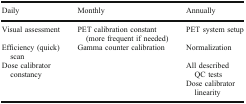
| Daily | Monthly | Annually |
 | --- | --- | --- |
 | Visual assessment | PET calibration constant (more frequent if needed) | PET system setup |
 | Efficiency (quick) scan | Gamma counter calibration | Normalization |
 | Dose calibrator constancy |  | All described QC tests |
 |  |  | Dose calibrator linearity |